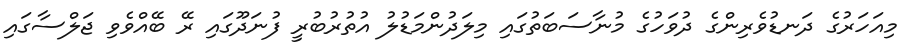
މިއަހަރުގެ ދަނޑުވެރިންގެ ދުވަހުގެ މުނާސަބަތުގައި މިލަދުންމަޑުލު އުތުރުބުރީ ފުނަދޫގައި ރޭ ބޭއްވެވި ޖަލްސާގައި